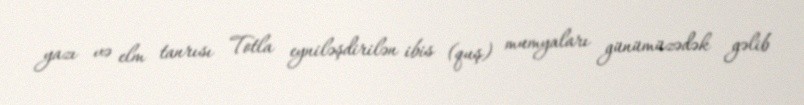
yazı və elm tanrısı Totla eyniləşdirilən ibis (quş) mumyaları günümüzədək gəlib